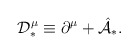
\begin{align*}{\cal D}_{\ast}^{\mu} \equiv \partial^{\mu} + \hat{\cal A}_{\ast} .\end{align*}